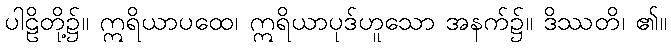
ပါဠိတို့၌။ ဣရိယာပထေ၊ ဣရိယာပုဒ်ဟူသော အနက်၌။ ဒိဿတိ၊ ၏။